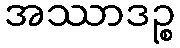
အဿာဒဉ္စ